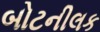
બોટનીલક